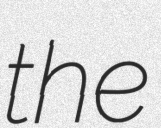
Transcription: the